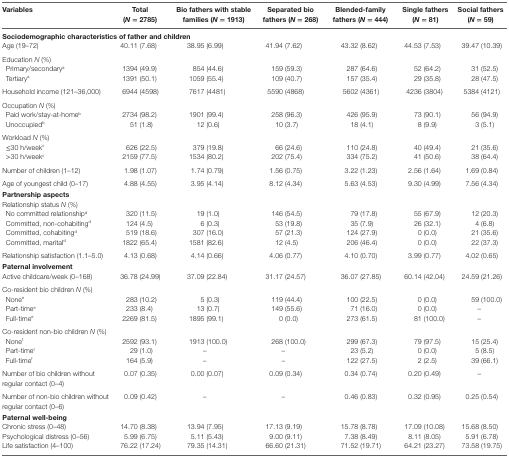
<table><thead><tr><td><b>Variables</b></td><td><b>Total (<i>N</i> = 2785)</b></td><td><b>Bio fathers with stable families (<i>N</i> = 1913)</b></td><td><b>Separated bio fathers (<i>N</i> = 268)</b></td><td><b>Blended-family fathers (<i>N</i> = 444)</b></td><td><b>Single fathers (<i>N</i> = 81)</b></td><td><b>Social fathers (<i>N</i> = 59)</b></td></tr></thead><tbody><tr><td colspan="7"><b>Sociodemographic characteristics of father and children</b></td></tr><tr><td>Age (19–72)</td><td>40.11 (7.68)</td><td>38.95 (6.99)</td><td>41.94 (7.62)</td><td>43.32 (8.62)</td><td>44.53 (7.53)</td><td>39.47 (10.39)</td></tr><tr><td colspan="7">Education <i>N</i> (%)</td></tr><tr><td>Primary/secondary<sup>a</sup></td><td>1394 (49.9)</td><td>854 (44.6)</td><td>159 (59.3)</td><td>287 (64.6)</td><td>52 (64.2)</td><td>31 (52.5)</td></tr><tr><td>Tertiary<sup>a</sup></td><td>1391 (50.1)</td><td>1059 (55.4)</td><td>109 (40.7)</td><td>157 (35.4)</td><td>29 (35.8)</td><td>28 (47.5)</td></tr><tr><td>Household income (121–36,000)</td><td>6944 (4598)</td><td>7617 (4481)</td><td>5590 (4868)</td><td>5602 (4361)</td><td>4236 (3804)</td><td>5384 (4121)</td></tr><tr><td colspan="7">Occupation <i>N</i> (%)</td></tr><tr><td>Paid work/stay-at-home<sup>b</sup></td><td>2734 (98.2)</td><td>1901 (99.4)</td><td>258 (96.3)</td><td>426 (95.9)</td><td>73 (90.1)</td><td>56 (94.9)</td></tr><tr><td>Unoccupied<sup>b</sup></td><td>51 (1.8)</td><td>12 (0.6)</td><td>10 (3.7)</td><td>18 (4.1)</td><td>8 (9.9)</td><td>3 (5.1)</td></tr><tr><td colspan="7">Workload <i>N</i> (%)</td></tr><tr><td>≤30 h/week<sup>c</sup></td><td>626 (22.5)</td><td>379 (19.8)</td><td>66 (24.6)</td><td>110 (24.8)</td><td>40 (49.4)</td><td>21 (35.6)</td></tr><tr><td>&gt;30 h/week<sup>c</sup></td><td>2159 (77.5)</td><td>1534 (80.2)</td><td>202 (75.4)</td><td>334 (75.2)</td><td>41 (50.6)</td><td>38 (64.4)</td></tr><tr><td>Number of children (1–12)</td><td>1.98 (1.07)</td><td>1.74 (0.79)</td><td>1.56 (0.75)</td><td>3.22 (1.23)</td><td>2.56 (1.64)</td><td>1.69 (0.84)</td></tr><tr><td>Age of youngest child (0–17)</td><td>4.88 (4.55)</td><td>3.95 (4.14)</td><td>8.12 (4.34)</td><td>5.63 (4.53)</td><td>9.30 (4.99)</td><td>7.56 (4.34)</td></tr><tr><td colspan="7"><b>Partnership aspects</b></td></tr><tr><td colspan="7">Relationship status <i>N</i> (%)</td></tr><tr><td>No committed relationship<sup>d</sup></td><td>320 (11.5)</td><td>19 (1.0)</td><td>146 (54.5)</td><td>79 (17.8)</td><td>55 (67.9)</td><td>12 (20.3)</td></tr><tr><td>Committed, non-cohabiting<sup>d</sup></td><td>124 (4.5)</td><td>6 (0.3)</td><td>53 (19.8)</td><td>35 (7.9)</td><td>26 (32.1)</td><td>4 (6.8)</td></tr><tr><td>Committed, cohabiting<sup>d</sup></td><td>519 (18.6)</td><td>307 (16.0)</td><td>57 (21.3)</td><td>124 (27.9)</td><td>0 (0.0)</td><td>21 (35.6)</td></tr><tr><td>Committed, marital<sup>d</sup></td><td>1822 (65.4)</td><td>1581 (82.6)</td><td>12 (4.5)</td><td>206 (46.4)</td><td>0 (0.0)</td><td>22 (37.3)</td></tr><tr><td>Relationship satisfaction (1.1–5.0)</td><td>4.13 (0.68)</td><td>4.14 (0.66)</td><td>4.06 (0.77)</td><td>4.10 (0.70)</td><td>3.99 (0.77)</td><td>4.02 (0.65)</td></tr><tr><td colspan="7"><b>Paternal involvement</b></td></tr><tr><td>Active childcare/week (0–168)</td><td>36.78 (24.99)</td><td>37.09 (22.84)</td><td>31.17 (24.57)</td><td>36.07 (27.85)</td><td>60.14 (42.04)</td><td>24.59 (21.26)</td></tr><tr><td colspan="7">Co-resident bio children <i>N</i> (%)</td></tr><tr><td>None<sup>e</sup></td><td>283 (10.2)</td><td>5 (0.3)</td><td>119 (44.4)</td><td>100 (22.5)</td><td>0 (0.0)</td><td>59 (100.0)</td></tr><tr><td>Part-time<sup>e</sup></td><td>233 (8.4)</td><td>13 (0.7)</td><td>149 (55.6)</td><td>71 (16.0)</td><td>0 (0.0)</td><td>–</td></tr><tr><td>Full-time<sup>e</sup></td><td>2269 (81.5)</td><td>1895 (99.1)</td><td>0 (0.0)</td><td>273 (61.5)</td><td>81 (100.0)</td><td>–</td></tr><tr><td colspan="7">Co-resident non-bio children <i>N</i> (%)</td></tr><tr><td>None<sup>f</sup></td><td>2592 (93.1)</td><td>1913 (100.0)</td><td>268 (100.0)</td><td>299 (67.3)</td><td>79 (97.5)</td><td>15 (25.4)</td></tr><tr><td>Part-time<sup>f</sup></td><td>29 (1.0)</td><td>–</td><td>–</td><td>23 (5.2)</td><td>0 (0.0)</td><td>5 (8.5)</td></tr><tr><td>Full-time<sup>f</sup></td><td>164 (5.9)</td><td>–</td><td>–</td><td>122 (27.5)</td><td>2 (2.5)</td><td>39 (66.1)</td></tr><tr><td>Number of bio children without regular contact (0–4)</td><td>0.07 (0.35)</td><td>0.00 (0.07)</td><td>0.09 (0.34)</td><td>0.34 (0.74)</td><td>0.20 (0.49)</td><td>–</td></tr><tr><td>Number of non-bio children without regular contact (0–6)</td><td>0.09 (0.42)</td><td>–</td><td>–</td><td>0.46 (0.83)</td><td>0.32 (0.95)</td><td>0.25 (0.54)</td></tr><tr><td colspan="7"><b>Paternal well-being</b></td></tr><tr><td>Chronic stress (0–48)</td><td>14.70 (8.38)</td><td>13.94 (7.95)</td><td>17.13 (9.19)</td><td>15.78 (8.78)</td><td>17.09 (10.08)</td><td>15.68 (8.50)</td></tr><tr><td>Psychological distress (0–56)</td><td>5.99 (6.75)</td><td>5.11 (5.43)</td><td>9.00 (9.11)</td><td>7.38 (8.49)</td><td>8.11 (8.05)</td><td>5.91 (6.78)</td></tr><tr><td>Life satisfaction (4–100)</td><td>76.22 (17.24)</td><td>79.35 (14.31)</td><td>66.60 (21.31)</td><td>71.52 (19.71)</td><td>64.21 (23.27)</td><td>73.58 (19.75)</td></tr></tbody></table>